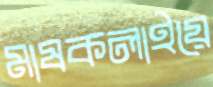
মাষকলাইয়ে